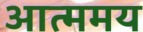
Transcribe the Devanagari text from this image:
आत्ममय